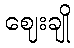
ဈေးချို